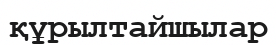
құрылтайшылар